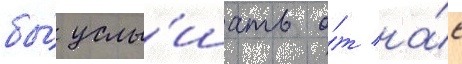
бы́ услы́шать о́т на́с